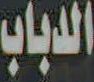
الدباب